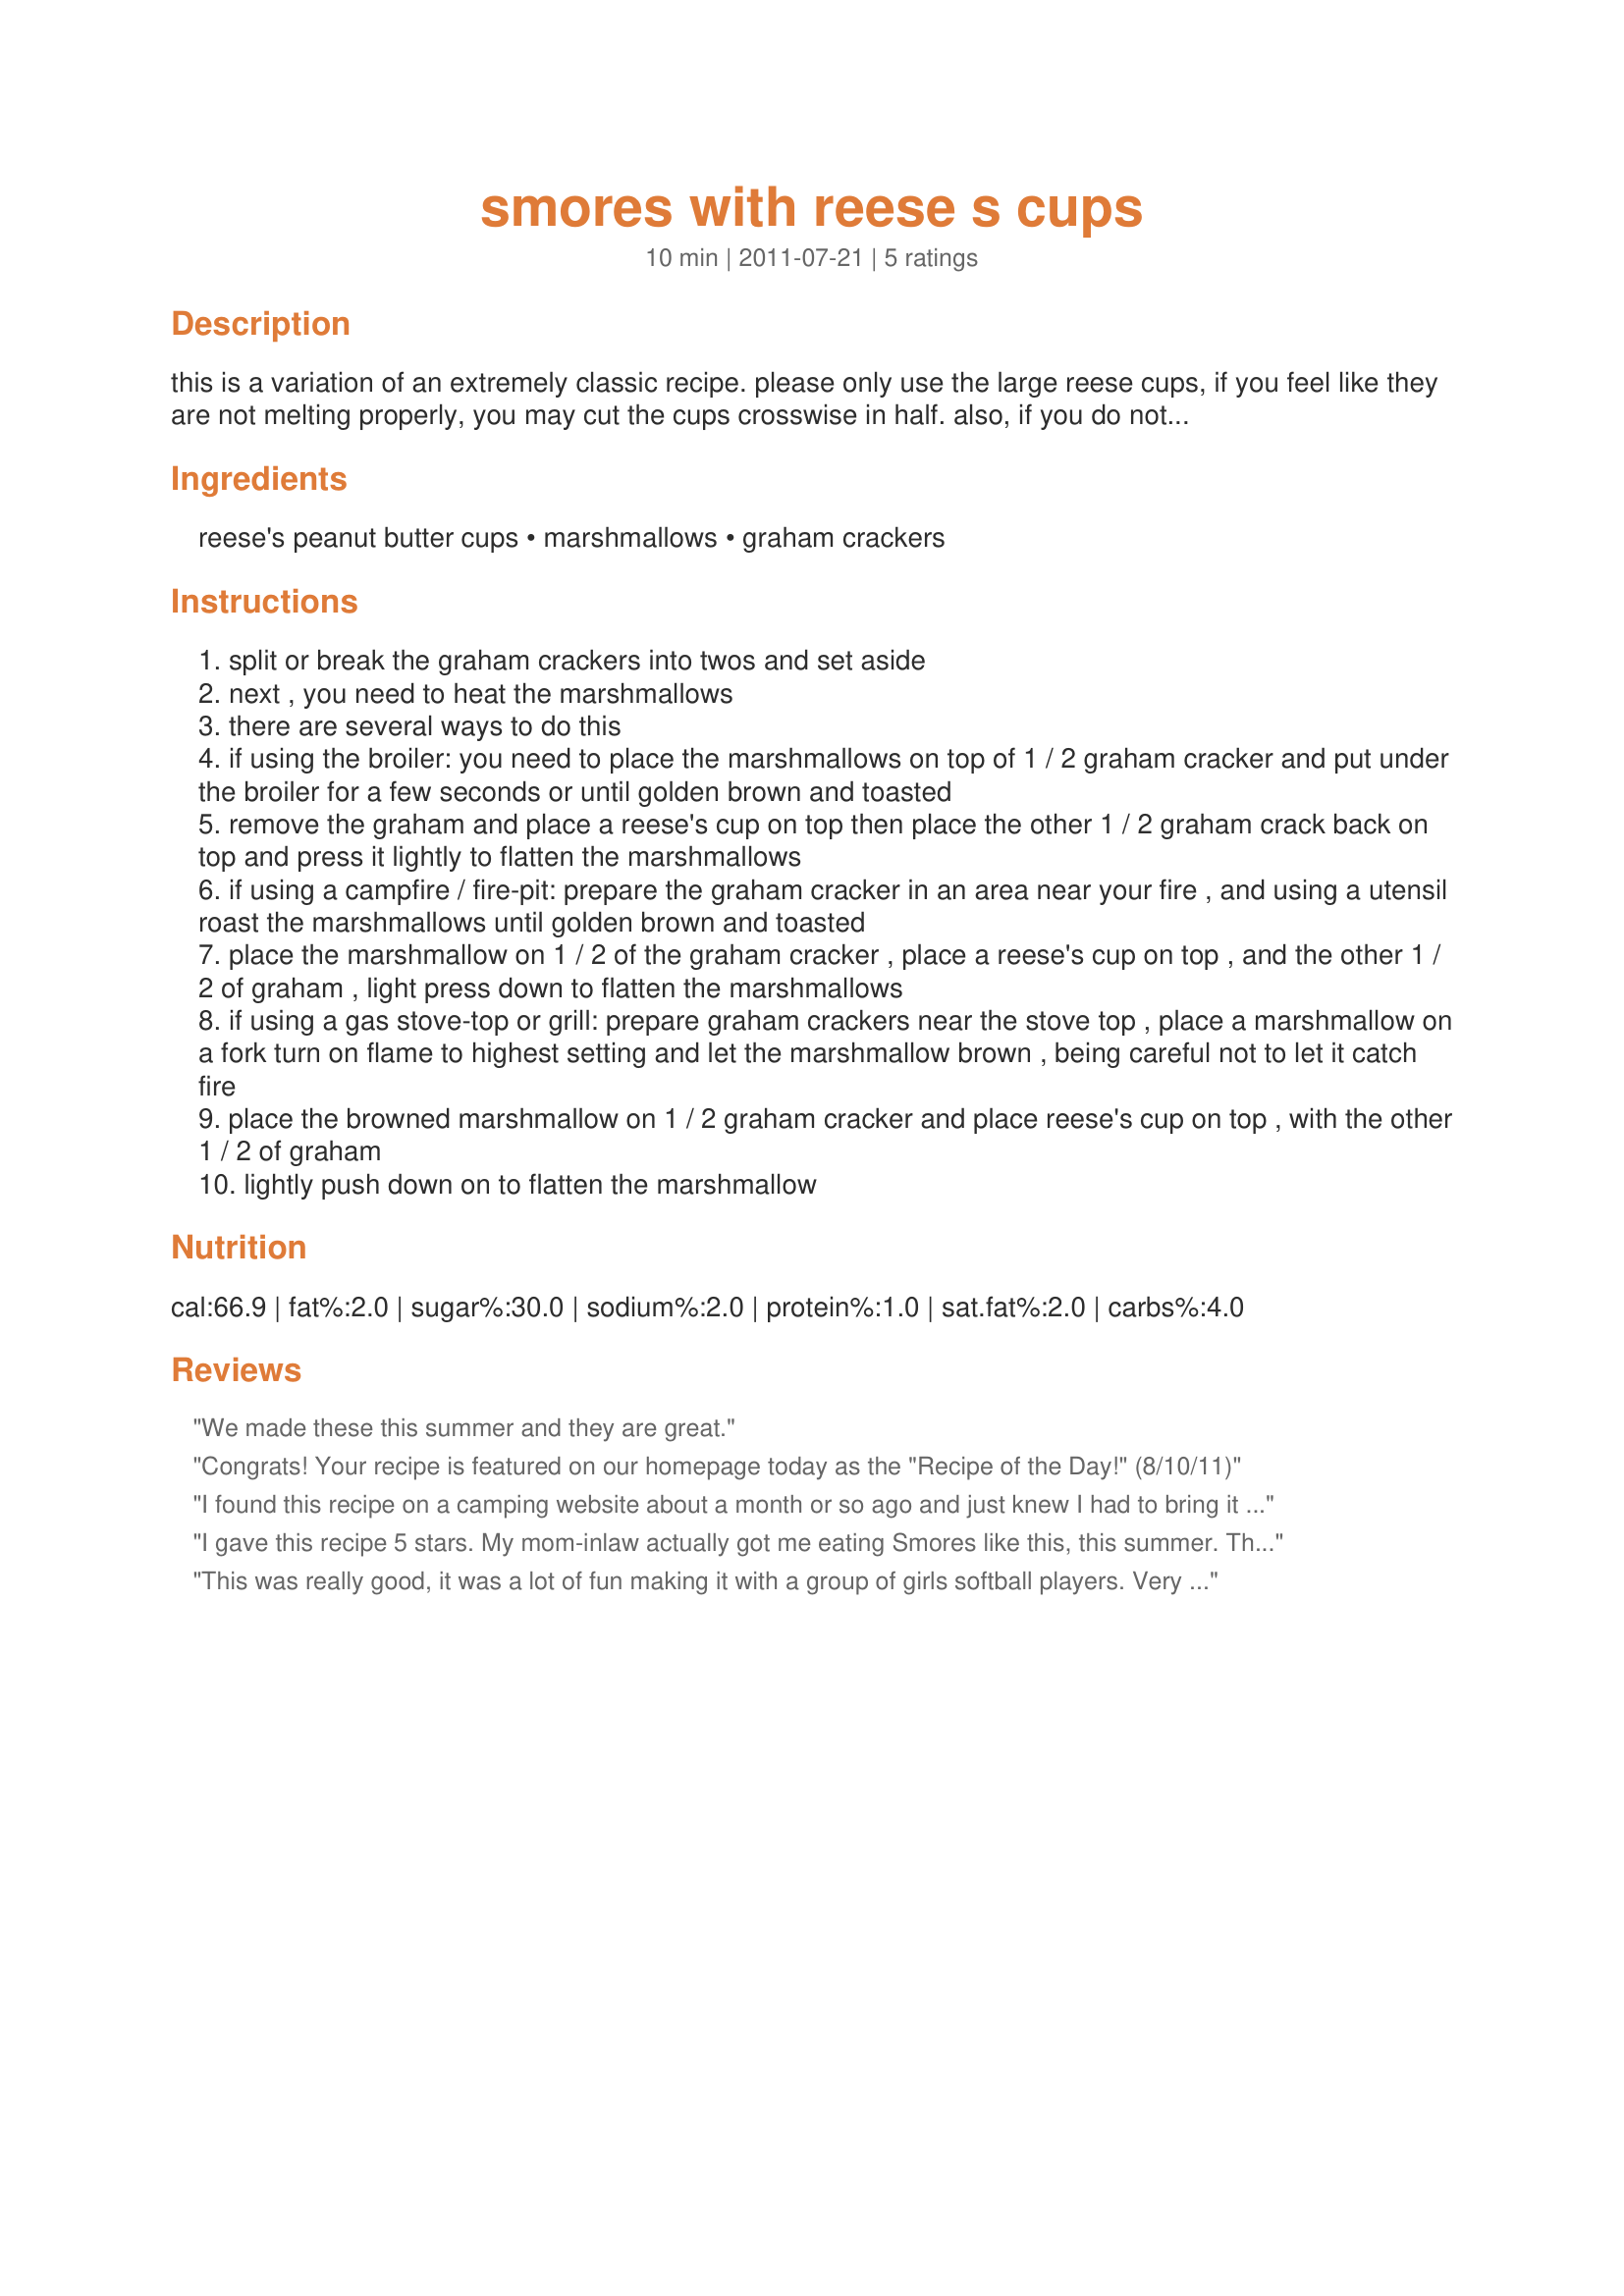
smores with reese s cups
Preparation time: 10 minutes

this is a variation of an extremely classic recipe. please only use the large reese cups, if you feel like they are not melting properly, you may cut the cups crosswise in half. also, if you do not have homemade marshmallows, obviously you can use store bought ones.

Ingredients:
reese's peanut butter cups, marshmallows, graham crackers

Steps:
split or break the graham crackers into twos and set aside
next , you need to heat the marshmallows
there are several ways to do this
if using the broiler: you need to place the marshmallows on top of 1 / 2 graham cracker and put under the broiler for a few seconds or until golden brown and toasted
remove the graham and place a reese's cup on top then place the other 1 / 2 graham crack back on top and press it lightly to flatten the marshmallows
if using a campfire / fire-pit: prepare the graham cracker in an area near your fire , and using a utensil roast the marshmallows until golden brown and toasted
place the marshmallow on 1 / 2 of the graham cracker , place a reese's cup on top , and the other 1 / 2 of graham , light press down to flatten the marshmallows
if using a gas stove-top or grill: prepare graham crackers near the stove top , place a marshmallow on a fork turn on flame to highest setting and let the marshmallow brown , being careful not to let it catch fire
place the browned marshmallow on 1 / 2 graham cracker and place reese's cup on top , with the other 1 / 2 of graham
lightly push down on to flatten the marshmallow

Reviews:
We made these this summer and they are great.
Congrats! Your recipe is featured on our homepage today as the "Recipe of the Day!" (8/10/11)
I found this recipe on a camping website about a month or so ago and just knew I had to bring it to out next bonfire! Over the top, delicious, perfect...what else can I say? I will NEVER have a regular s'more again! We figured out though, that if you try to warm your reese's cup over the fire it ends up having a very smoky taste to it which was not enjoyable. Other variations that we saw on that camping website were s'more with a mini snickers bar and s'mores with Nutella- yum!
I gave this recipe 5 stars. My mom-inlaw actually got me eating Smores like this, this summer. These are so good my family loves them. Thanks for posting a super yummy way to eat Smores! Christine (internetnut)
This was really good, it was a lot of fun making it with a group of girls softball players. Very tasty.
